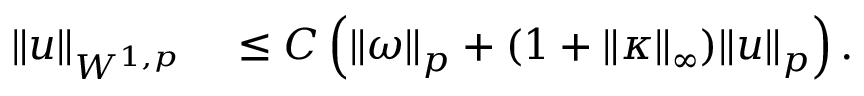
\begin{array} { r l } { \| u \| _ { W ^ { 1 , p } } } & { { } \leq C \left( \| \omega \| _ { p } + ( 1 + \| \kappa \| _ { \infty } ) \| u \| _ { p } \right) . } \end{array}